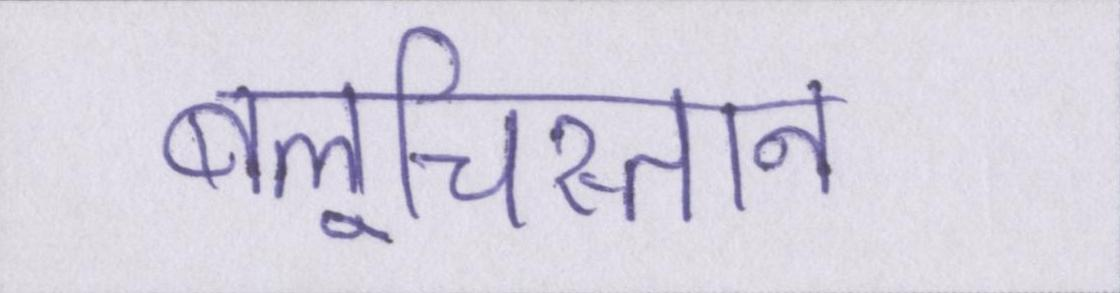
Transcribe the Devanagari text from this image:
बलूचिस्तान